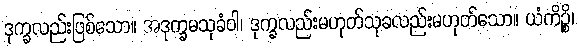
ဒုက္ခလည်းဖြစ်သော။ အဒုက္ခမသုခံဝါ၊ ဒုက္ခလည်းမဟုတ်သုခလည်းမဟုတ်သော။ ယံကိဉ္စိ၊